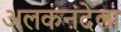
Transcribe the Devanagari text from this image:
अलकनंदेला